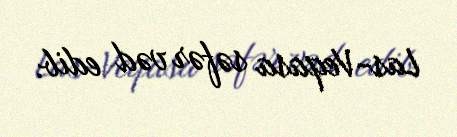
Las-Veqasa səfər vəd edib.